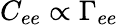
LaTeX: C_{ee}\propto\Gamma_{ee}